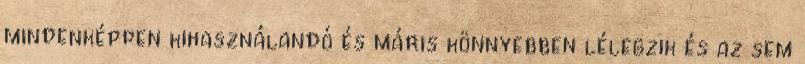
mindenképpen kihasználandó és máris könnyebben lélegzik és az sem